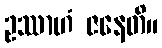
ဥဿာဟံ ဇနေတိ။